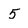
Character: 5